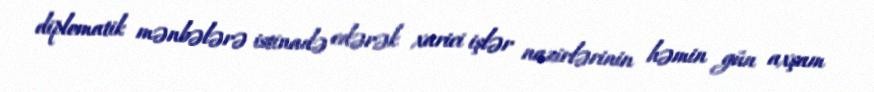
diplomatik mənbələrə istinadə edərək xarici işlər nazirlərinin həmin gün axşam